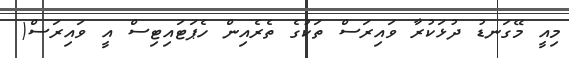
މިއީ މޭގަނޑު ދުޅަކުރާ ވައިރަސް ތަކުގެ ތެރެއިން ހެޕަޓައިޓިސް އީ ވައިރަސް(